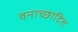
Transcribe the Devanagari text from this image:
वनाच्‍छादित